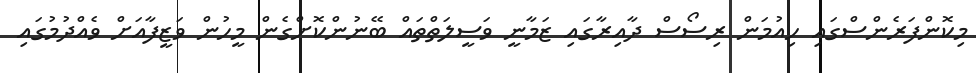
މިކޮންފަރެންސްގައި ހިއުމަން ރިސޯސް ދާއިރާގައި ޒަމާނީ ވަސީލަތްތައް ބޭނުންކޮށްގެން މީހުން ވަޒީފާއަށް ވެއްދުމުގައި